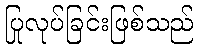
ပြုလုပ်ခြင်းဖြစ်သည်